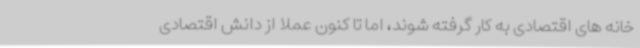
خانه های اقتصادی به کار گرفته شوند، اما تا کنون عملا از دانش اقتصادی